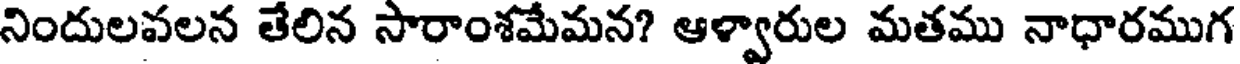
నిందులవలన తేలిన సారాంశమేమన? ఆళ్వారుల మతము నాధారముగ